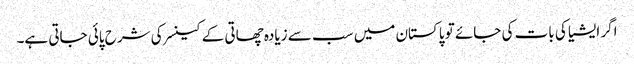
اگر ایشیا کی بات کی جائے تو پاکستان میں سب سے زیادہ چھاتی کے کینسر کی شرح پائی جاتی ہے۔